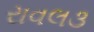
રાવલ૩